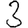
Digit: 3